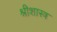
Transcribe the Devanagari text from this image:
श्रीशास्त्र